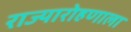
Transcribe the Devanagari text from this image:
राज्यारोहणाला